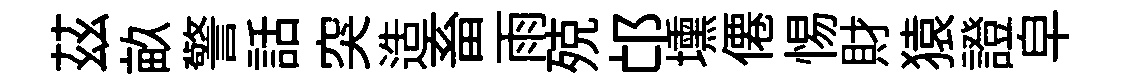
茲畝警話突造畜雨殑邙壎僊惕財猿證皁